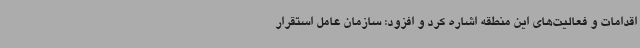
اقدامات و فعالیت‌های این منطقه اشاره کرد و افزود: سازمان عامل استقرار